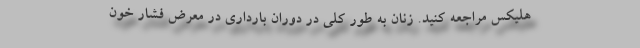
هلیکس مراجعه کنید. زنان به طور کلی در دوران بارداری در معرض فشار خون